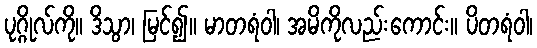
ပုဂ္ဂိုလ်ကို။ ဒိသွာ၊ မြင်၍။ မာတရံဝါ၊ အမိကိုလည်းကောင်း။ ပိတရံဝါ၊